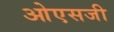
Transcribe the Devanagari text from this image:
ओएसजी